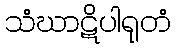
သံဃာဋိပါရုတံ